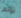
تؤلم